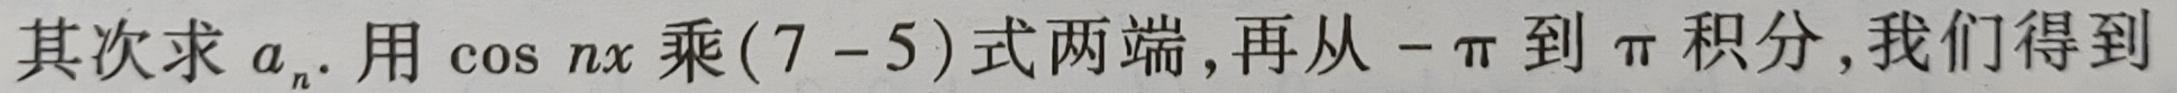
其次求 $a_{n}$. 用 $\cos nx$ 乘 $(7 - 5)$ 式两端, 再从 $-\pi$ 到 $\pi$ 积分, 我们得到